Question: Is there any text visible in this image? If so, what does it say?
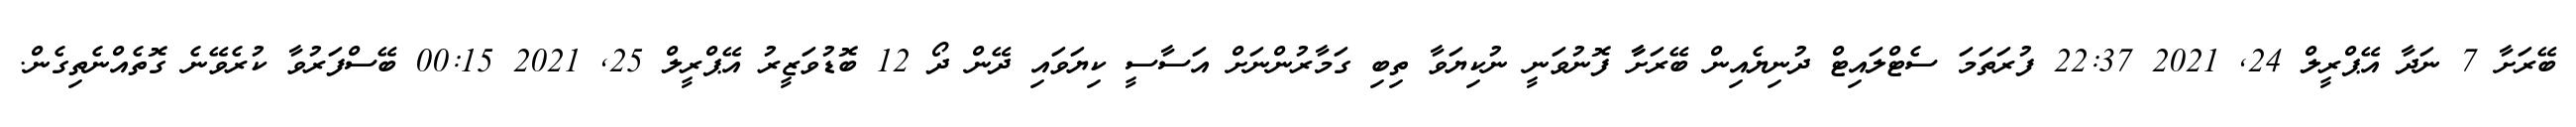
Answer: ބޭރަށާ 7 ނަދާ އޭޕްރީލް 24, 2021 22:37 ފުރަތަމަ ސެޓްލައިޓް ދުނިޔެއިން ބޭރަށާާ ފޮނުވަނީ ނުކިޔަވާ ތިބި ގަމާރުންނަށް އަސާސީ ކިޔަވައި ދޭން ދޯ 12 ބޮޑުވަޒީރު އޭޕްރީލް 25, 2021 00:15 ބޭސްފަރުވާ ކުރެވޭނެ ގޮތެއްނެތިގެން.